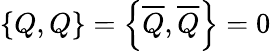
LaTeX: \left\{ Q,Q\right\} =\left\{ {\overline{{Q}}},{\overline{{Q}}}\right\} =0